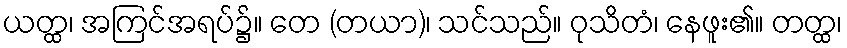
ယတ္ထ၊ အကြင်အရပ်၌။ တေ (တယာ)၊ သင်သည်။ ဝုသိတံ၊ နေဖူး၏။ တတ္ထ၊